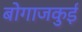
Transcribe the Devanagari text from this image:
बोगाजकुई